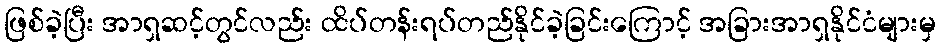
ဖြစ်ခဲ့ပြီး အာရှဆင့်တွင်လည်း ထိပ်တန်းရပ်တည်နိုင်ခဲ့ခြင်းကြောင့် အခြားအာရှနိုင်ငံများမှ